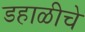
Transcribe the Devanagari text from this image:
डहाळीचे